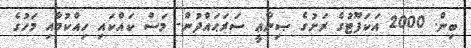
ބިން. 2000 އަކަފޫޓުގެ ރަށުގެ ޞިނާޢީ ސަރަޙައްދުން- މަސް ކައްކައި ހިއްކުމާއި މަހުގެ